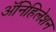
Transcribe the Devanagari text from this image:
ॲनिहिलेशन